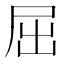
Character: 屈